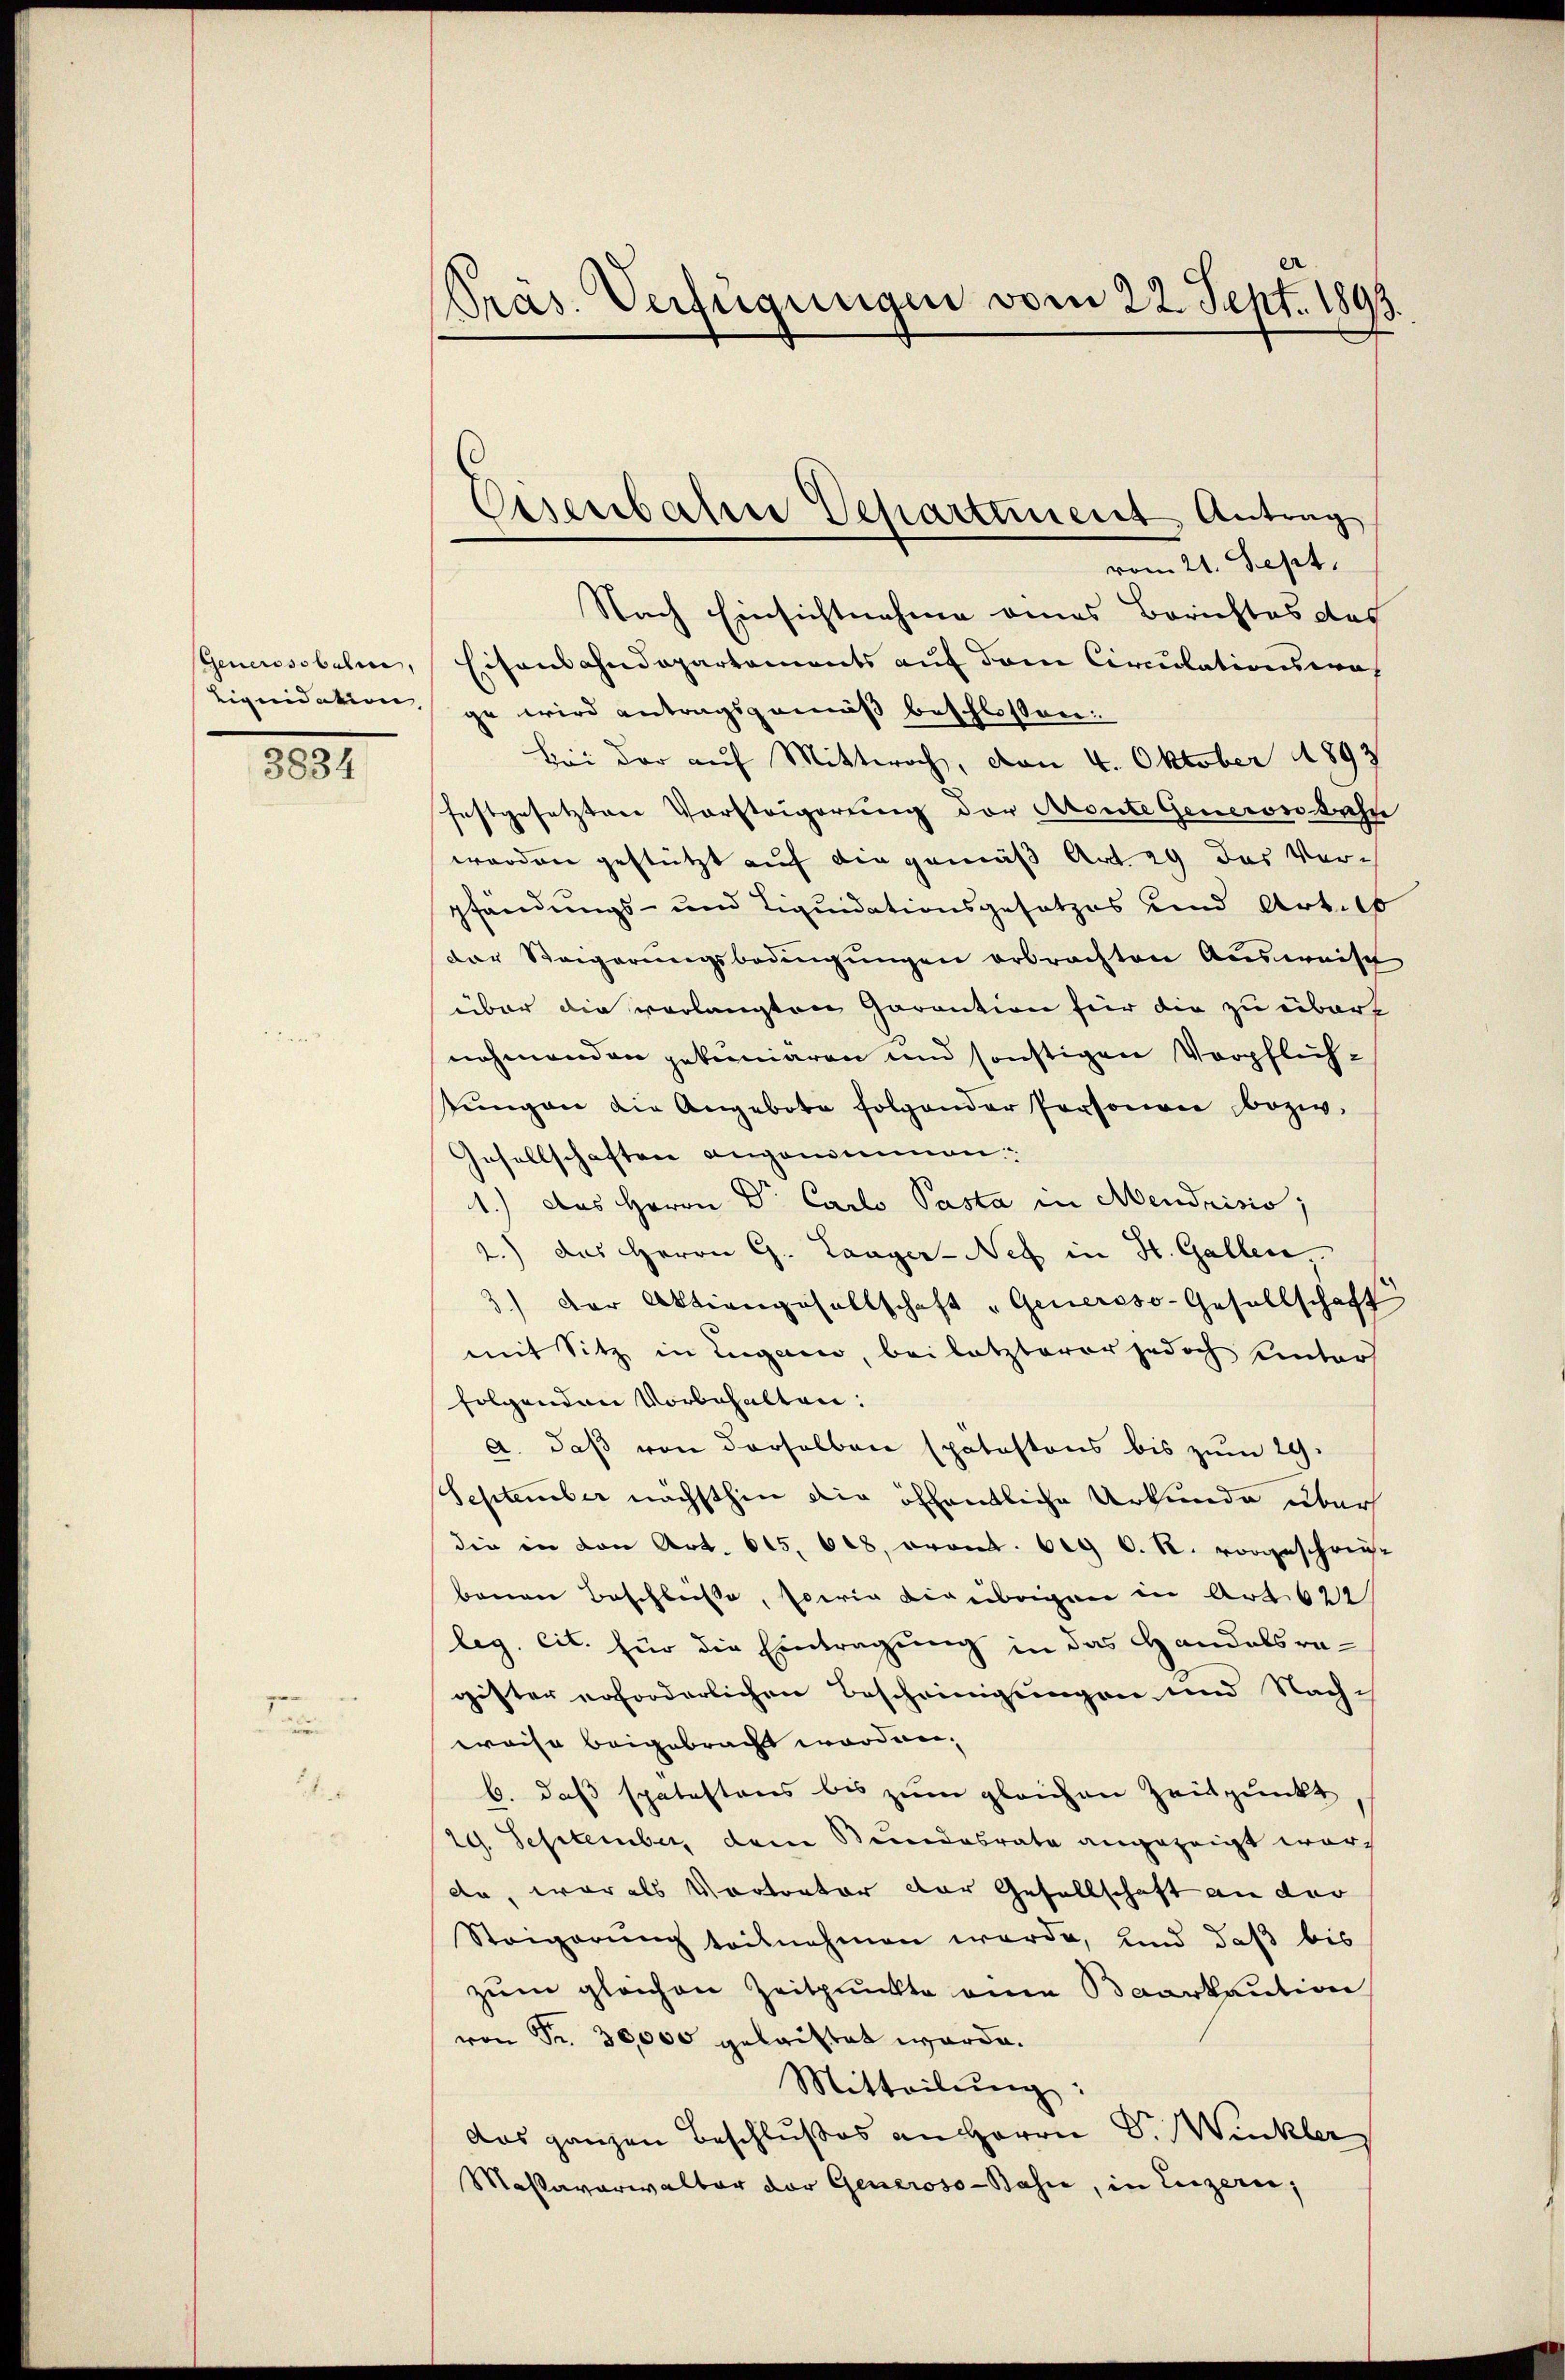
1821.

Präs. Verfügungen vom 22. Sept. 1893

vom 21. Sept.
Nach Einsichtnahme eines Berichtes das
Generosobeln, Eisenbahndepartements auf dem Circulationswah
Liquidation ge wird antragsgemäß beschlossen:
Bei der auf Mittwoch, von 4. Oktober 1893
festgesetzten Vorsteigerung der Monte Generon Bahn
worden gestützt auf die gemäß Art. 29 des Ver-
pfändungs- und Liquidationsgesetzes und Art. 16
der Steigerungsbedingungen erbrachten Ausweisch
über die verlangten Garantion für die zu übert
nehmenden gekuniären und sonstigen Verpflichstŭngen die Angebote folgender Personen bezw.
Gesellschaften angenommen:
1.) Das Herrn Dr. Carlo Pasta in Mendrisis,
2.) das Herrn G. Langer-Nef in St. Gallen.
3.) Der Aktiengesellschaft "Genersso-Gesellschaft
mit Sitz in Lugano, bei letzterer jedoch unters
folgenden Vorbehalten:
A. daß von derselben spatastons bis zum 29.
September nächsthin die öffentliche Urkunde über
die in von Art. 615. 628, vront. 629 O. R. vorgeschreibauen Beschlüsse, sowie die übrigen in Art. 622
leg. cit. für die Eintragung in das Handelsragister erforderlichen Bescheinigungen und Nach-
weise beigebracht worden.
b. daß spätestens bis zum gleichen Zeitpunkt
29. September dem Bundesrate angezeigt wor
da, war als Vortrator der Gesellschaft an der
Steigerung teilnahmen werde, und daß bis
zum gleichen Zeitpunkte eine Baarkaution
von Fr. 30,000 gelastet werde.
Mitteilŭng
das ganzen Beschlußes an Herrn Dr. Wuckler
Massaverwalter der Generoso- Basie, in Luzern,

Eisenbahrer Departement Antrag